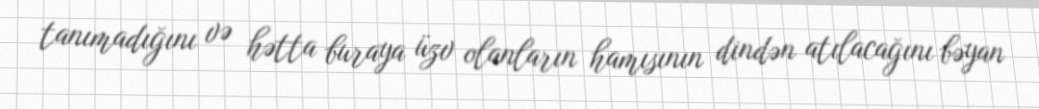
tanımadığını və hətta buraya üzv olanların hamısının dindən atılacağını bəyan